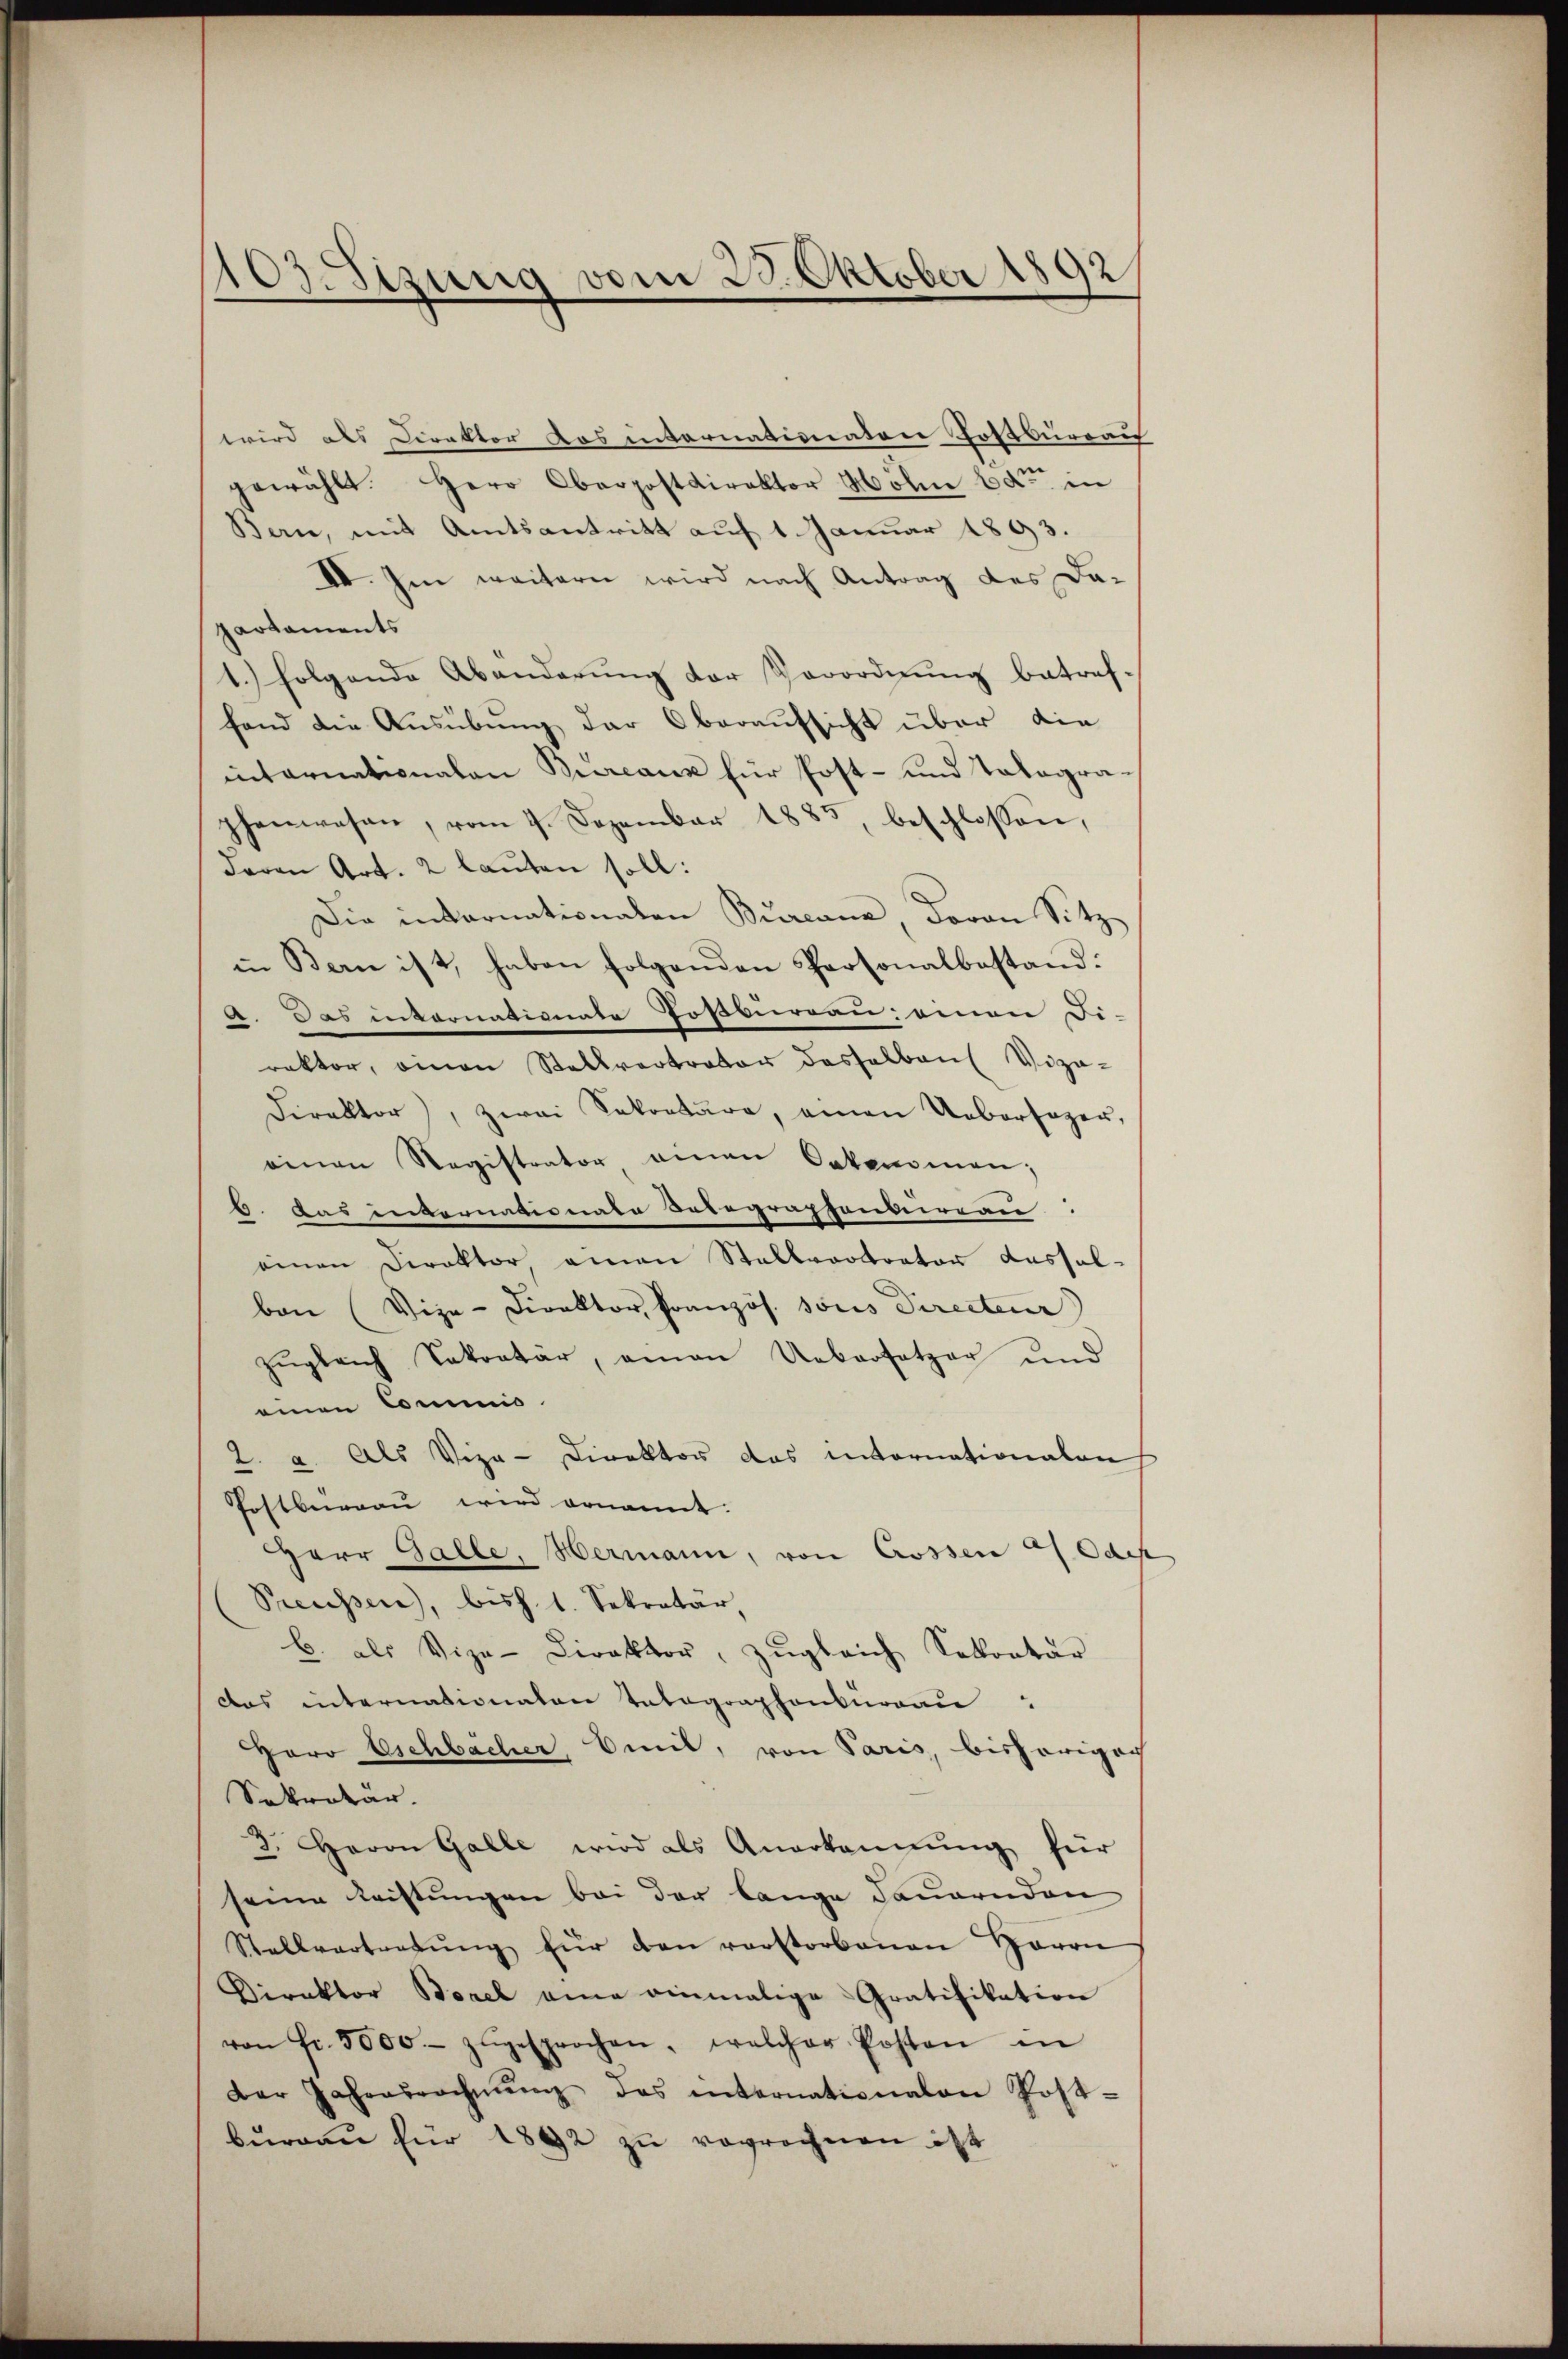
103 Sizung vom 23. Oktober 1892

wird als Direktor das internationatore Postbureau
.
gewählt. Herr Oberpostdirektor Mölin betr. in
Bern, mit Amtsantritt auf 1 Januar 1893.
IV. Im weitern wird nach Antrag des Da-
partaments
1.) folgende Abänderŭng der Verordnung betref-
fand die Ausübung der Oberaufsicht über die
internationalen Bureaux für Post- und Talagraphenwesen, vom 7. Dezember 1885, beschlossen,
davon Art. 2 lauten soll:
Die internationalen Burcana, Jovan Sitz
in Bern ist, haben folgenden Personalbestand:
. Das intornationate Tosbureau einen Di-
rektor, einen Stellvertrator deshalben Viza-
Direktor, zwai Sekretäre, einen Uebersager,
einen Registrator einen Oekonomen;
5. Das internationate Botegraphenberau
einen Direktor, amen Stellvortrator Aussal-
bon (Vize-Direktor Pranzös. sous Directeur)
zugleich Sekretär, amon Uebersetzer und
einen Commis
2. a. Als Vize-Direktor das internationalen
Postberau wird ernannt:
HHerr Galle, Hermann, von Grossen 27 Ode
Preussen, bish. 1. Sekretär
C. als Vize-Direktor, zŭgleich Sekretär
Das internationaten Telegraphenbureau
Hero Eschbächer, Emil, von Paris, bisherigach
Sekretär.
3. Herrn Galle wird als Anerkennung für
seine leistungen bei der lange dauernden
Stellvertretŭng für den verstorbenen Herrn
Direktor Borel eine einmalige Gratifikation
von Fr. 5000.- zŭgesprochen, welcher Posten in
Der Jahresrechnŭng des internationalen Post-
bŭrgaŭ für 1892 zu regrechnen ist